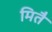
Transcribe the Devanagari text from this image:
मितै